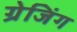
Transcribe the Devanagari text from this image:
ग्रेजिंग